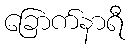
ခြောက်နာရီ